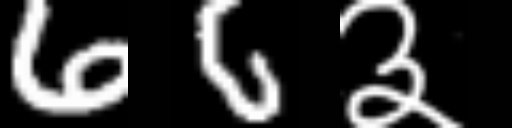
Text: 66३